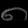
Digit: ၈